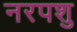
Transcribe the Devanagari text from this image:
नरपशु